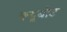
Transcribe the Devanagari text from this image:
क्यूबोट